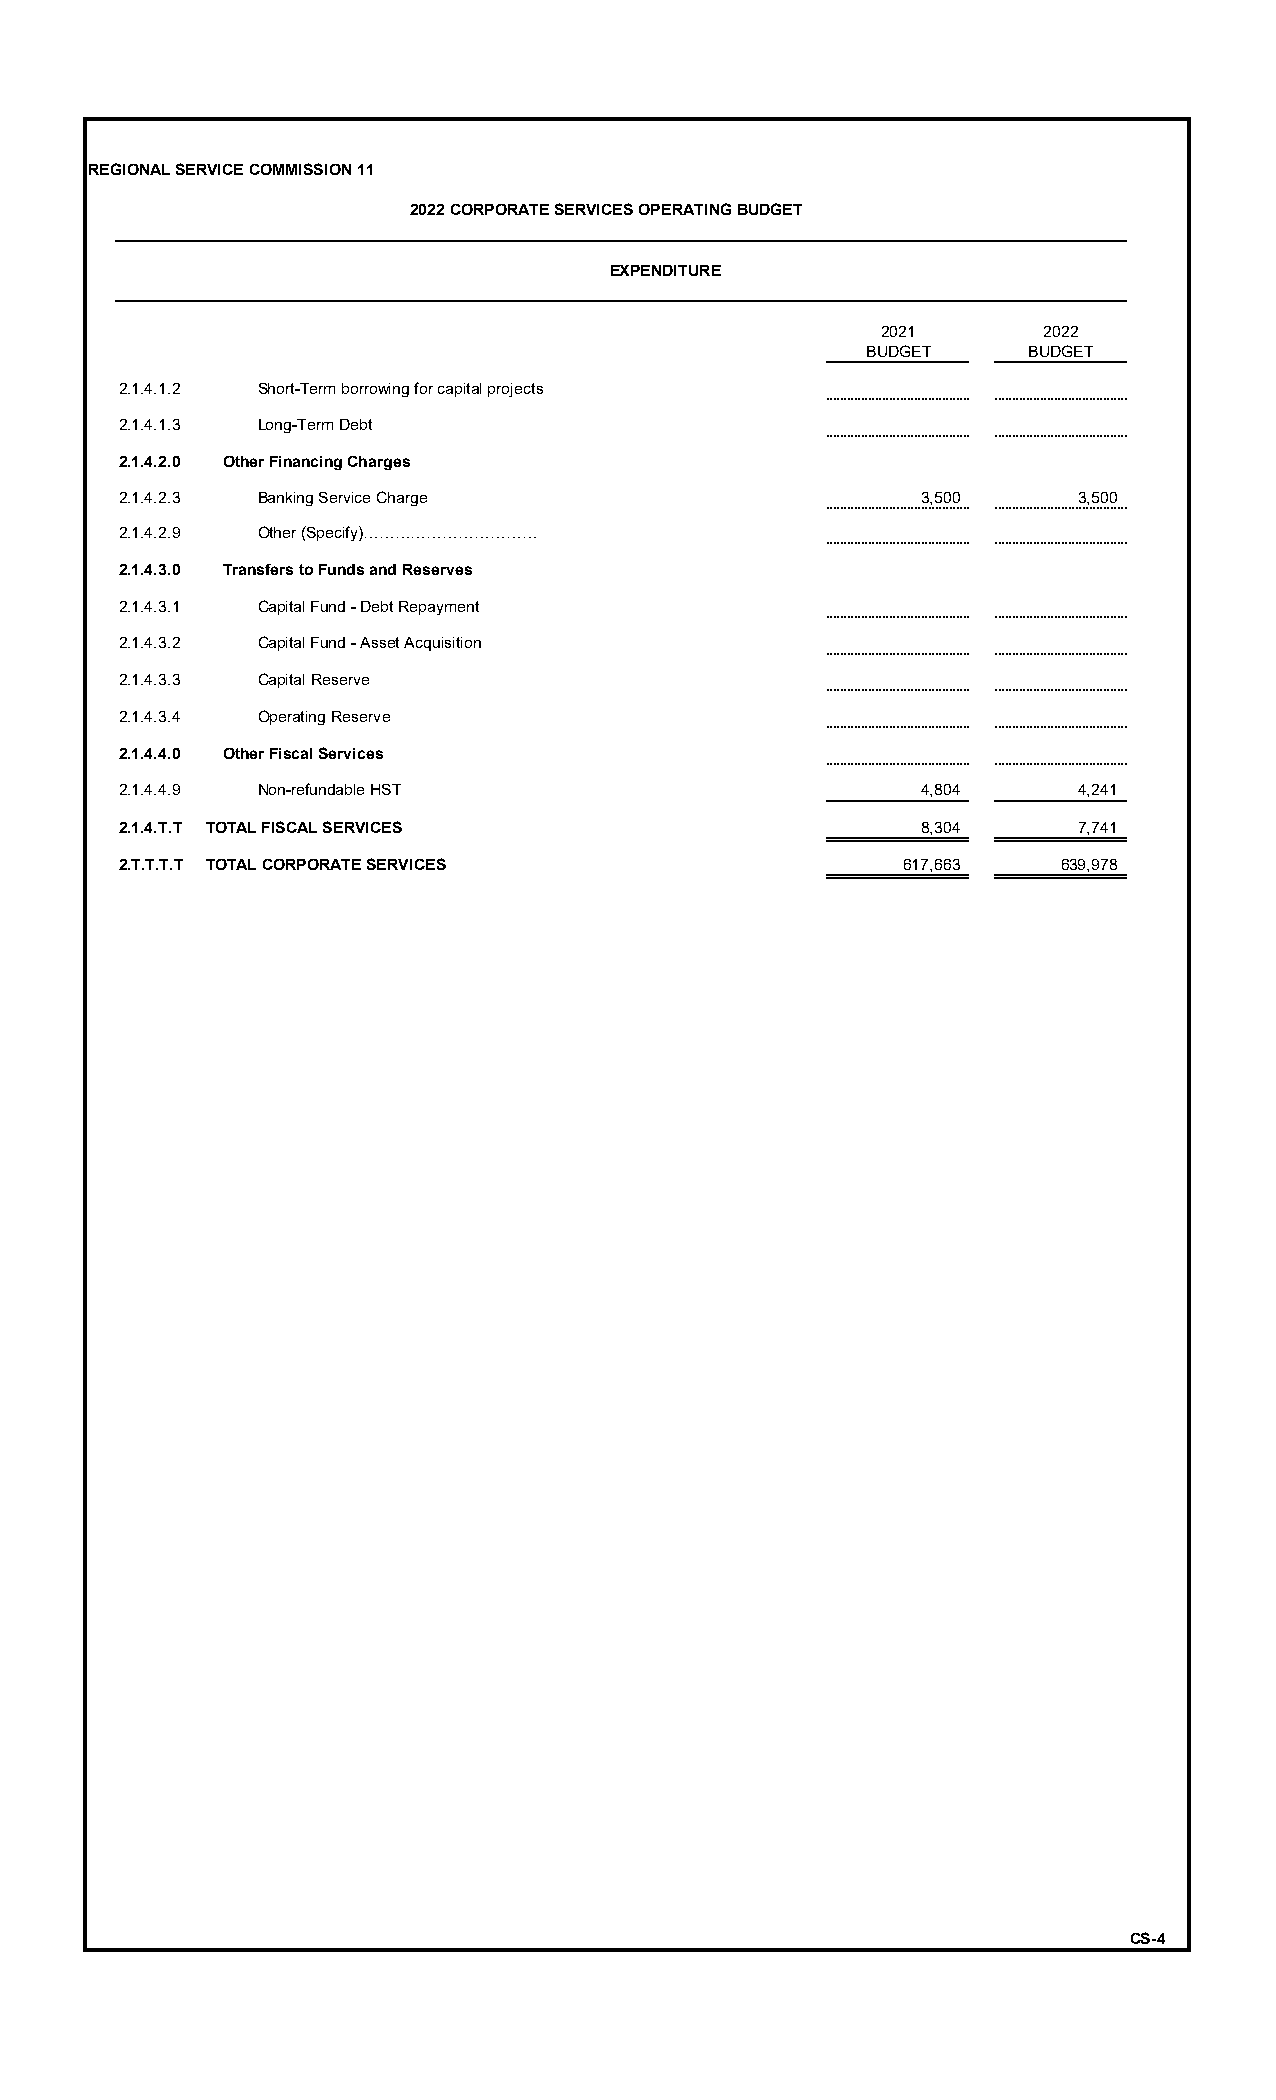
REGIONAL SERVICE COMMISSION 11
 2022 CORPORATE SERVICES OPERATING BUDGET
 EXPENDITURE
 2021       2022
 BUDGET     BUDGET
 2.1.4.1.2 Short-Term borrowing for capital projects
 2.1.4.1.3 Long-Term Debt
 2.1.4.2.0 Other Financing Charges
 2.1.4.2.3 Banking Service Charge                     3,500     3 ,500
 2.1.4.2.9 Other (Specify)……………………………
 2.1.4.3.0 Transfers to Funds and Reserves
 2.1.4.3.1 Capital Fund - Debt Repayment
 2.1.4.3.2 Capital Fund - Asset Acquisition
 2.1.4.3.3 Capital Reserve
 2.1.4.3.4 Operating Reserve
 2.1.4.4.0 Other Fiscal Services
 2.1.4.4.9 Non-refundable HST                         4,804     4 ,241
 2.1.4.T.T TOTAL FISCAL SERVICES                      8,304     7 ,741
 2.T.T.T.T TOTAL CORPORATE SERVICES                 617,663    6 39,978
 CS-4